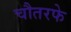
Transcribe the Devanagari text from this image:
चौतरफे